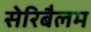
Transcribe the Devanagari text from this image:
सेरिबैलम